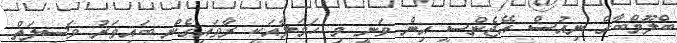
ބްލޫމްބާގް ނިއުސް އޭޖެންސީ އިން ވަނީ މި ހަމަލާއަކީ ރާވައިގެން ބައިވަރު ވަސީލަތް